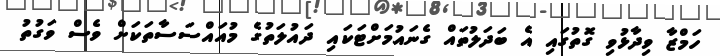
ހަމްޒާ ވިދާޅުވި ގޮތުގައި އެ ބަދަލުތައް ގެނައުމަށްޓަކައި ދައުލަތުގެ މުއައްސަސާތަކަށް ވެސް ވަގުތު